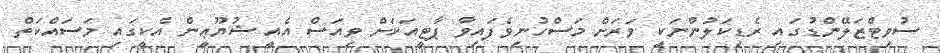
ސުވިޓްޒަލޭންޑުގައި ރެޑިކަލުންނަކީ ވަރަށް މަސްހުނިވެފައިވާ ޕާޓީއަކަށް ވިއަސް އެއީ ޝުޔޫޢީން އެކީގައި މަސައްކަތް